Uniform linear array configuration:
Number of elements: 24
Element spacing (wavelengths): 0.25
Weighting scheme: kaiser
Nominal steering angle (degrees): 60
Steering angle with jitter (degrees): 59.36
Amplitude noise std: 0.05
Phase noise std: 0.05

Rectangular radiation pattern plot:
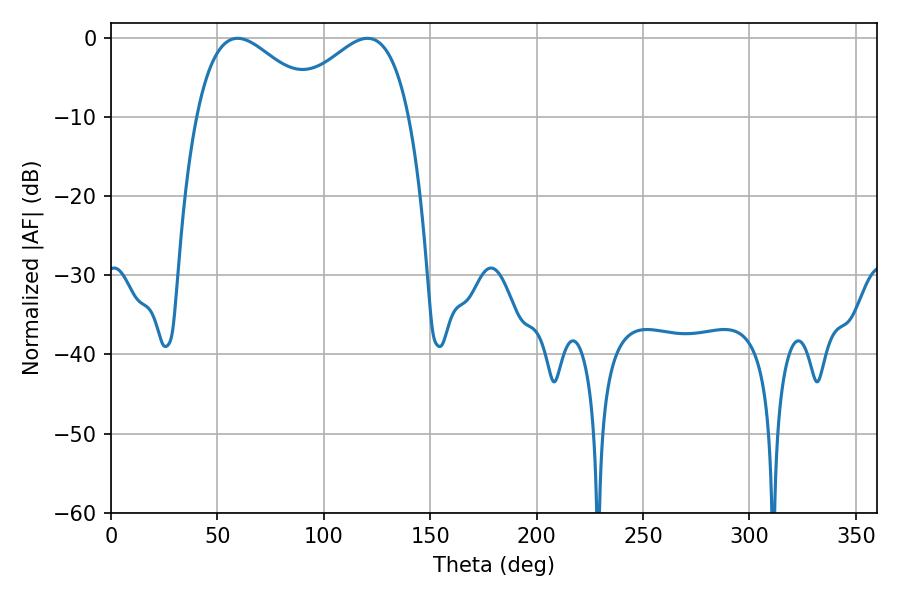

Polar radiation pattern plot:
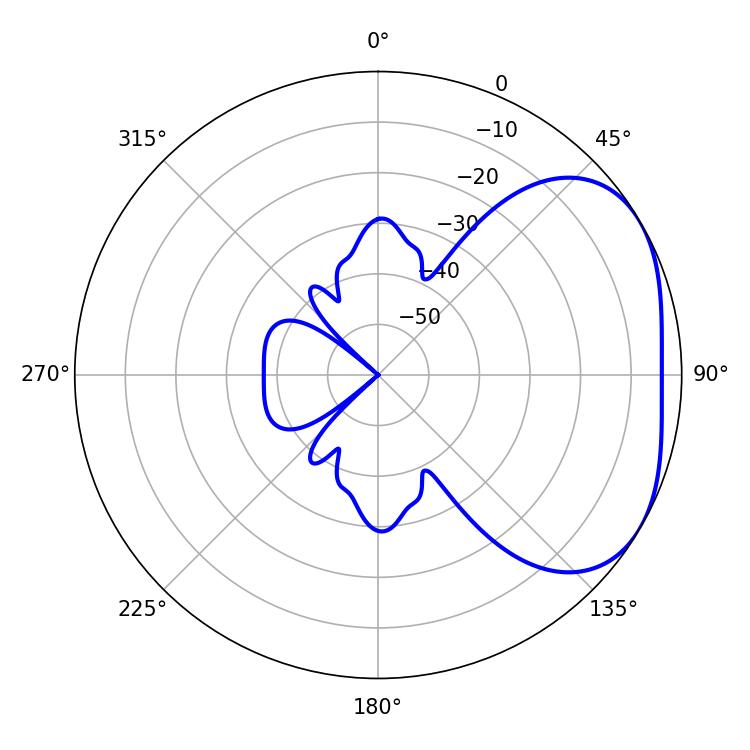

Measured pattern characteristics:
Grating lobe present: FALSE
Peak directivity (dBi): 3.077
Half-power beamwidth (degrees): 31.68
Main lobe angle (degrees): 59.4